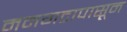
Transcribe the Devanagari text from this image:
मनगटापासून